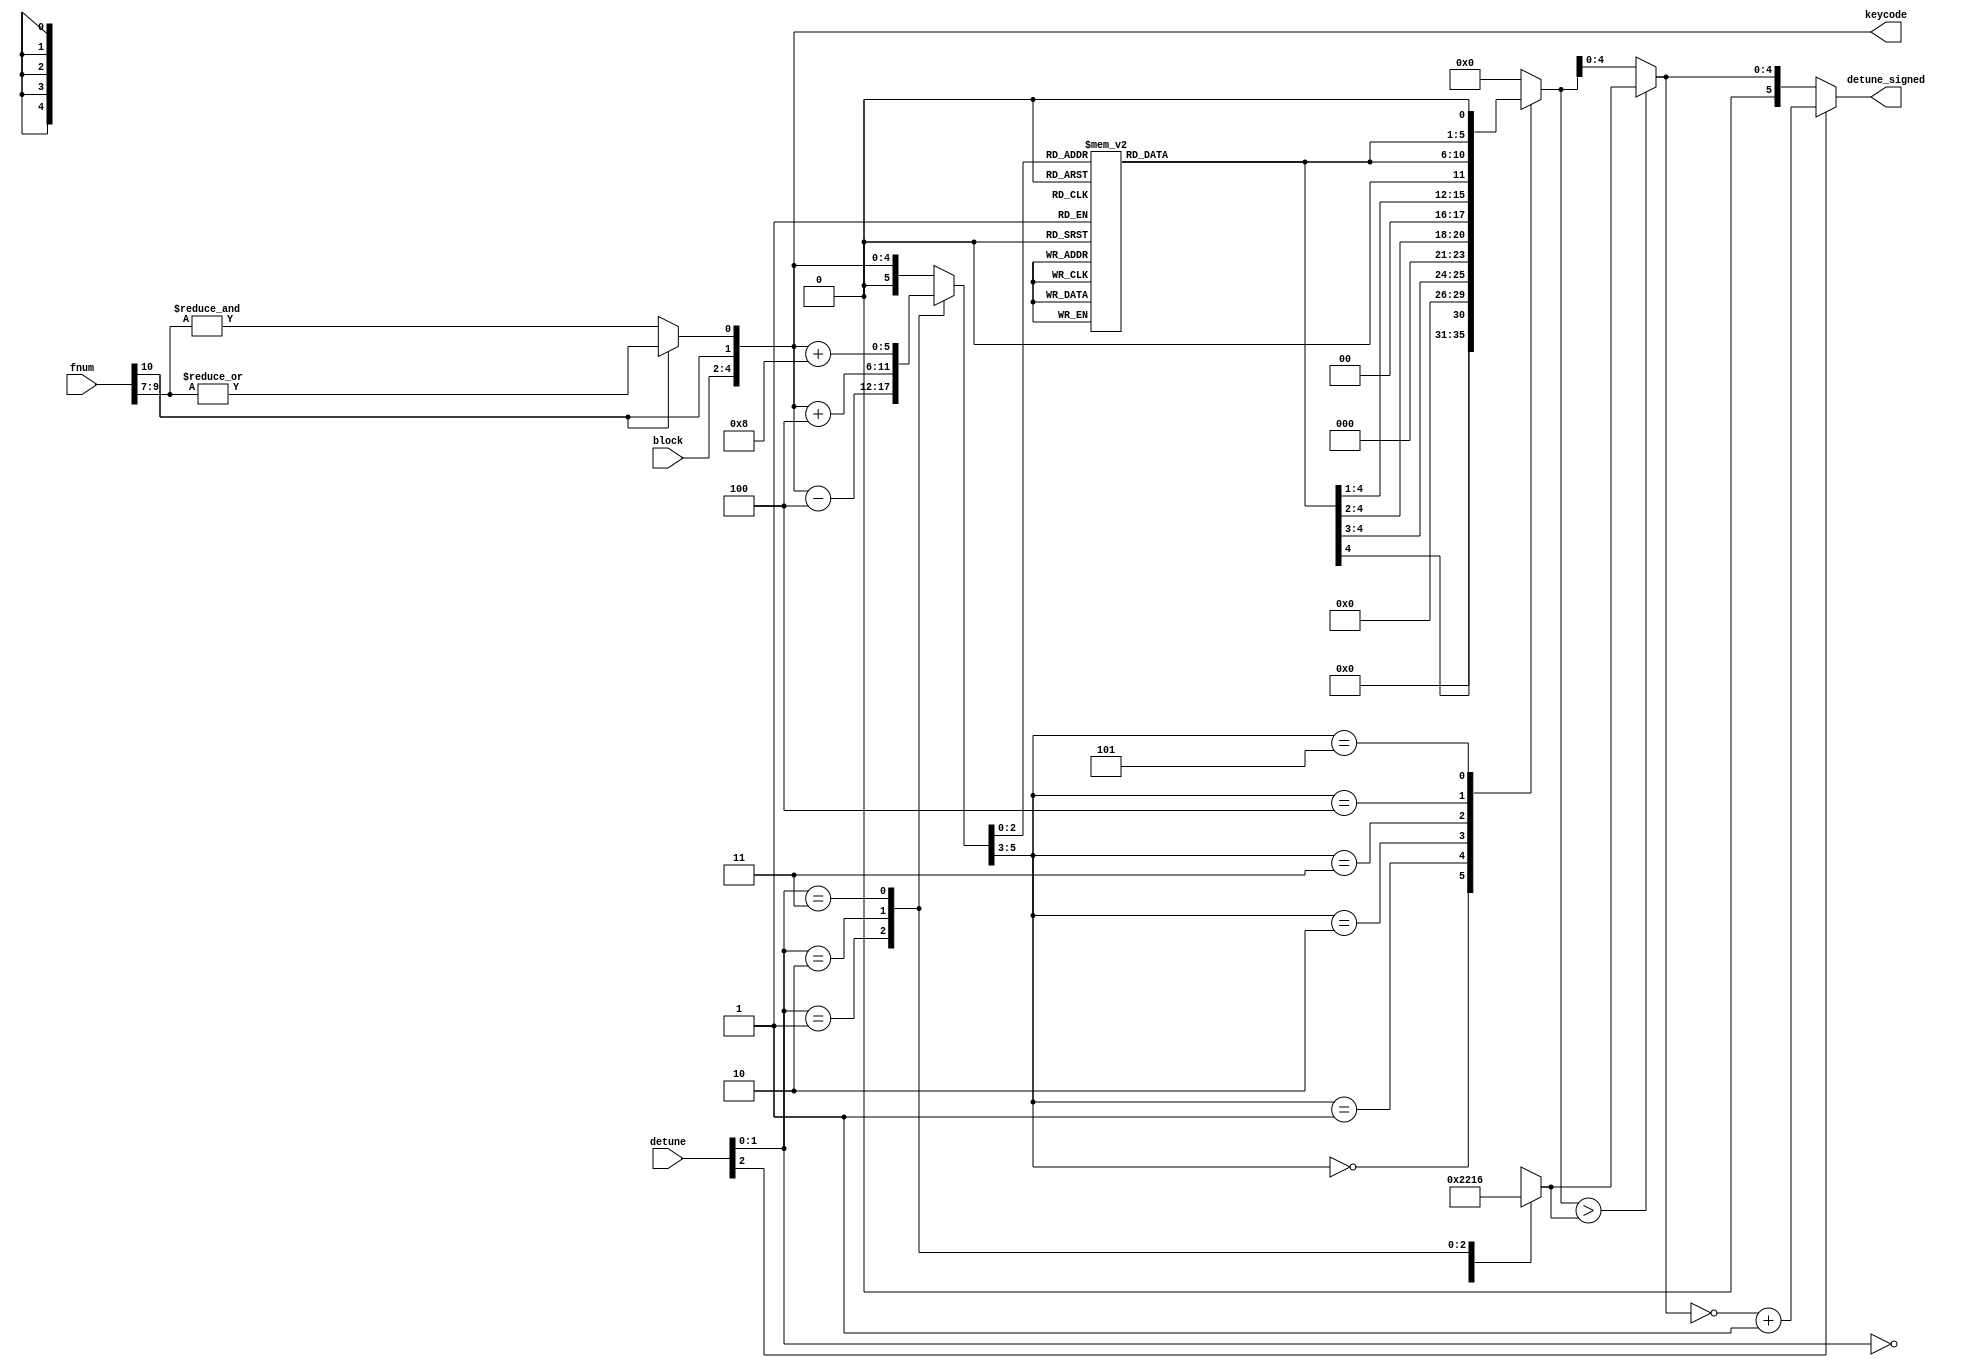
/*  This file is part of JT12.

    JT12 is free software: you can redistribute it and/or modify
    it under the terms of the GNU General Public License as published by
    the Free Software Foundation, either version 3 of the License, or
    (at your option) any later version.

    JT12 is distributed in the hope that it will be useful,
    but WITHOUT ANY WARRANTY; without even the implied warranty of
    MERCHANTABILITY or FITNESS FOR A PARTICULAR PURPOSE.  See the
    GNU General Public License for more details.

    You should have received a copy of the GNU General Public License
    along with JT12.  If not, see <http://www.gnu.org/licenses/>.
    
    Author: Jose Tejada Gomez. Twitter: @topapate
    Version: 1.0
    Date: 2-11-2018
    
    Based on information posted by Nemesis on:
http://gendev.spritesmind.net/forum/viewtopic.php?t=386&postdays=0&postorder=asc&start=167

    Note that detune produces an output even for fnum==0, is that correct?

    Based on jt51_phasegen.v, from JT51 
    
    */

module jt12_pg_dt(
    input       [ 2:0]  block,
    input       [10:0]  fnum,
    input       [ 2:0]  detune,

    output reg  [ 4:0]  keycode,
    output reg signed [5:0] detune_signed
);

reg [5:0] detune_kf;
reg [4:0] pow2;
reg [5:0] detune_unlimited;
reg [4:0] detune_limit, detune_limited;


always @(*) begin
    keycode = { block, fnum[10], fnum[10] ? (|fnum[9:7]) : (&fnum[9:7])};
    case( detune[1:0] )
        2'd1:   detune_kf   =   { 1'b0, keycode } - 6'd4;
        2'd2:   detune_kf   =   { 1'b0, keycode } + 6'd4;
        2'd3:   detune_kf   =   { 1'b0, keycode } + 6'd8;
        default:detune_kf   =   { 1'b0, keycode };
    endcase
    case( detune_kf[2:0] )
        3'd0: pow2 = 5'd16;
        3'd1: pow2 = 5'd17;
        3'd2: pow2 = 5'd19;
        3'd3: pow2 = 5'd20;
        3'd4: pow2 = 5'd22;
        3'd5: pow2 = 5'd24;
        3'd6: pow2 = 5'd26;
        3'd7: pow2 = 5'd29;
    endcase
    case( detune[1:0] )
        2'd0: detune_limit = 5'd0;
        2'd1: detune_limit = 5'd8;
        2'd2: detune_limit = 5'd16;
        2'd3: detune_limit = 5'd22;
    endcase
    case( detune_kf[5:3] )
        3'd0:   detune_unlimited = { 5'd0, pow2[4]   }; // <2
        3'd1:   detune_unlimited = { 4'd0, pow2[4:3] }; // <4
        3'd2:   detune_unlimited = { 3'd0, pow2[4:2] }; // <8
        3'd3:   detune_unlimited = { 2'd0, pow2[4:1] };
        3'd4:   detune_unlimited = { 1'd0, pow2[4:0] };
        3'd5:   detune_unlimited = { pow2[4:0], 1'd0 };
        default:detune_unlimited = 6'd0;
    endcase
    detune_limited = detune_unlimited > {1'b0, detune_limit} ? 
                            detune_limit : detune_unlimited[4:0];
    detune_signed = !detune[2] ? {1'b0,detune_limited} : (~{1'b0,detune_limited}+6'd1);
end

endmodule